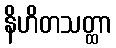
နိဟိတသတ္ထာ